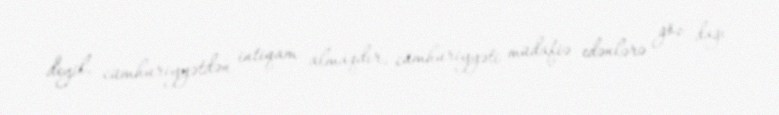
deyil, cümhuriyyətdən intiqam almaqdır, cümhuriyyəti müdafiə edənlərə göz dağı